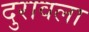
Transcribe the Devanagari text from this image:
दुरावला